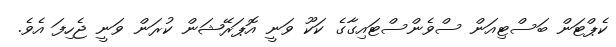
ކެޕްޓަން ބަސްޓިއަން ސްވެންސްޓައިގާގެ ކަކޫ ވަނީ އޮޕަރޭޝަން ކުރަން ވަނީ ޖެހިފަ އެވެ.